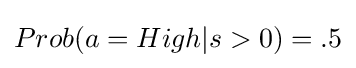
Prob(a=High|s>0)=.5